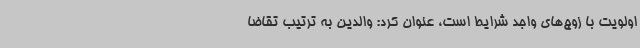
اولویت با زوج‌های واجد شرایط است، عنوان کرد: والدین به ترتیب تقاضا